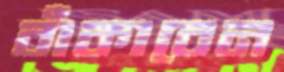
বাঁকাবেন